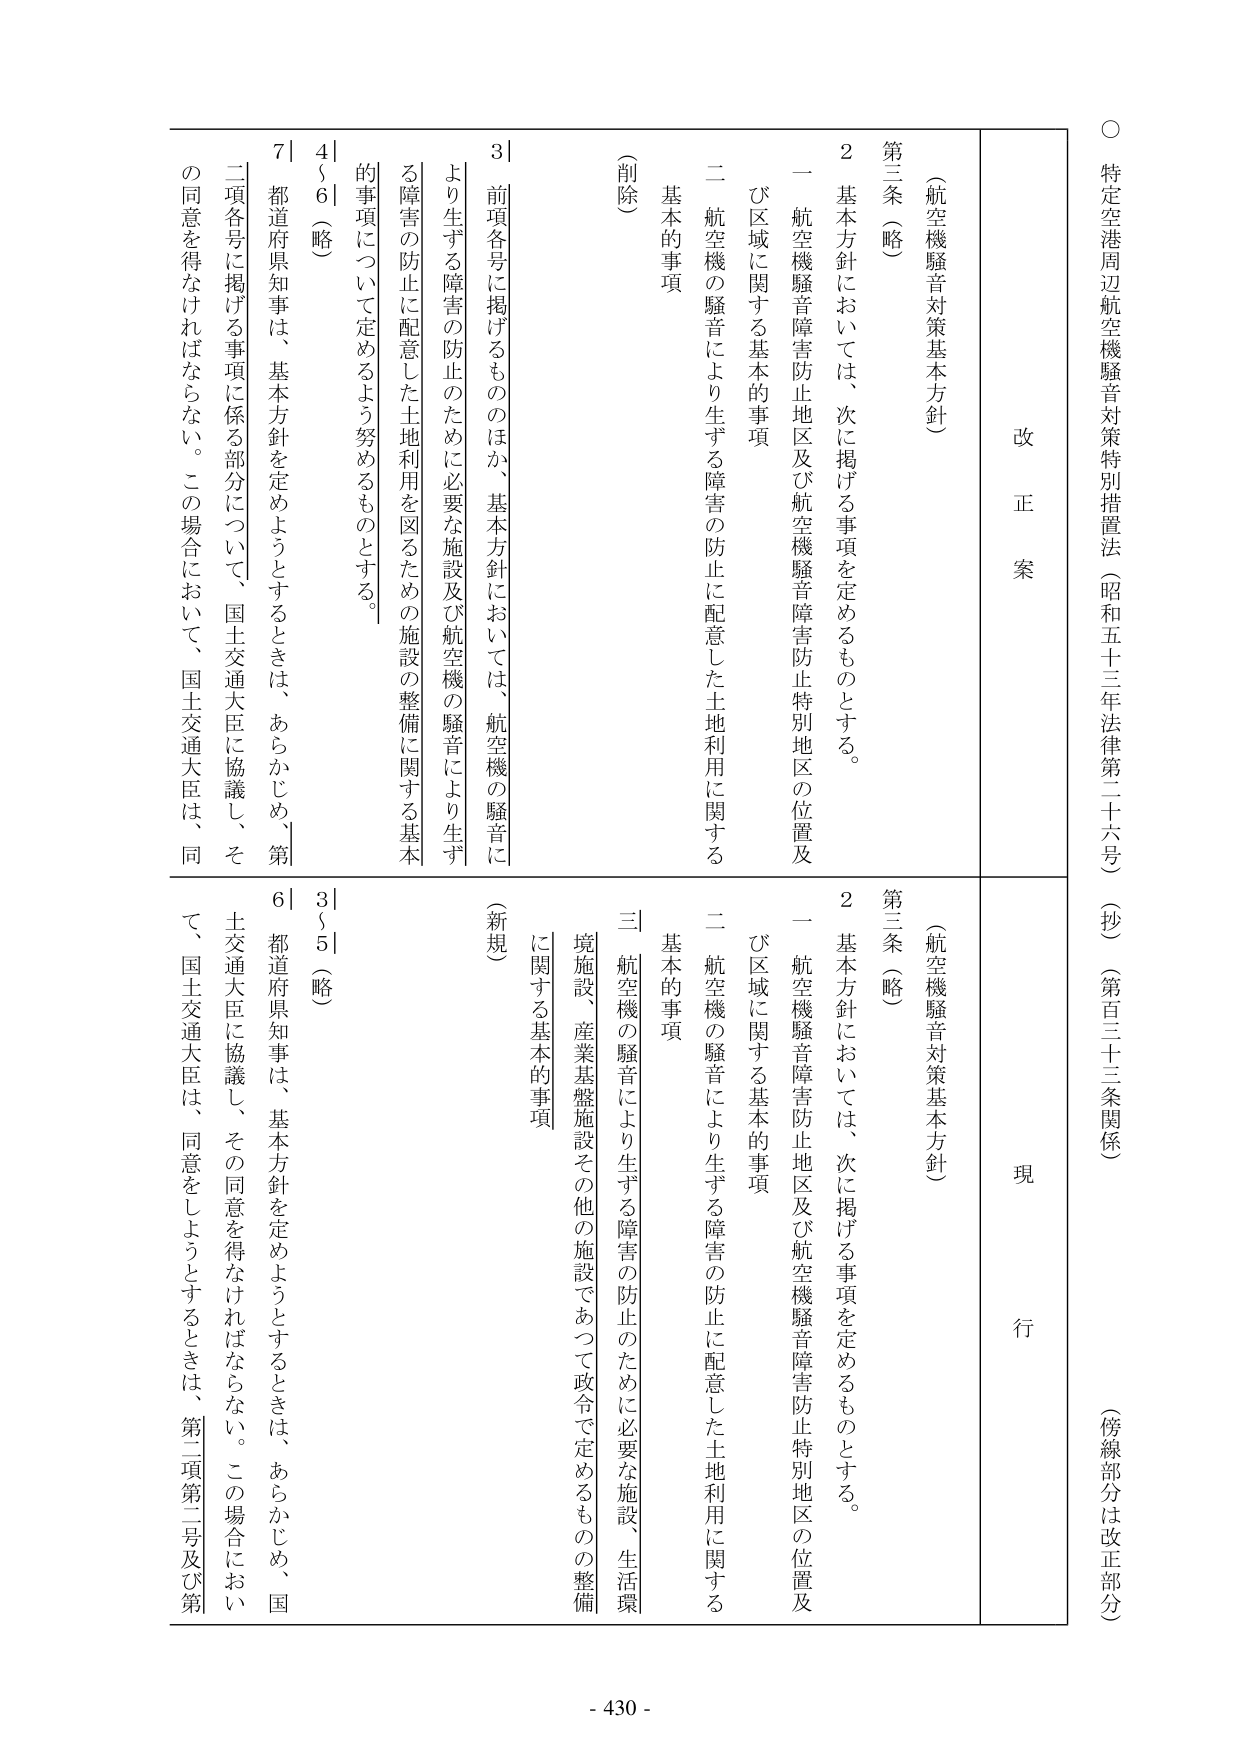
○ 特定空港周辺航空機騒音対策特別措置法（昭和五十三年法律第二十六号）（抄）（第百三十三条関係）（傍線部分は改正部分）

改 正 案

（航空機騒音対策基本方針）

第三条（略）

２ 基本方針においては、次に掲げる事項を定めるものとする。

一 航空機騒音障害防止地区及び航空機騒音障害防止特別地区の位置及び区域に関する基本的事項

二 航空機の騒音により生ずる障害の防止に配意した土地利用に関する基本的事項

（削除）

３ 前項各号に掲げるもののほか、基本方針においては、航空機の騒音により生ずる障害の防止のために必要な施設及び航空機の騒音により生ずる障害の防止に配意した土地利用を図るための施設の整備に関する基本的事項について定めるよう努めるものとする。

４～６（略）

７ 都道府県知事は、基本方針を定めようとするときは、あらかじめ、第二項各号に掲げる事項に係る部分について、国土交通大臣に協議し、その同意を得なければならない。この場合において、国土交通大臣は、同

現 行

（航空機騒音対策基本方針）

第三条（略）

２ 基本方針においては、次に掲げる事項を定めるものとする。

一 航空機騒音障害防止地区及び航空機騒音障害防止特別地区の位置及び区域に関する基本的事項

二 航空機の騒音により生ずる障害の防止に配意した土地利用に関する基本的事項

三 航空機の騒音により生ずる障害の防止のために必要な施設、生活環境施設、産業基盤施設その他の施設であつて政令で定めるものの整備に関する基本的事項

（新規）

３～５（略）

６ 都道府県知事は、基本方針を定めようとするときは、あらかじめ、国土交通大臣に協議し、その同意を得なければならない。この場合において、国土交通大臣は、同意をしようとするときは、第二項第二号及び第

- 430 -